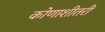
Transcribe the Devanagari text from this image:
कोणाशीतरी